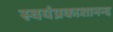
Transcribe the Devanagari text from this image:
स्वयंप्रकाशानन्द